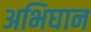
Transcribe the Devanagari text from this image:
अभिघान